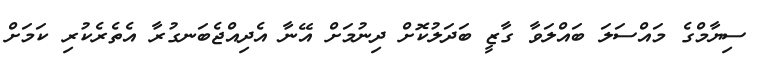
ސިޔާމްގެ މައްސަލަ ބައްލަވާ ގާޒީ ބަދަލުކޮށް ދިނުމަށް އޭނާ އެދިއްޖެބަނގުރާ އެތެރެކުރި ކަމަށް